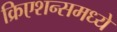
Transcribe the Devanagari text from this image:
क्रिएशन्समध्ये